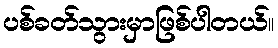
ပစ်ခတ်သွားမှာဖြစ်ပါတယ်။